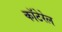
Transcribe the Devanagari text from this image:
कॉटेरेल